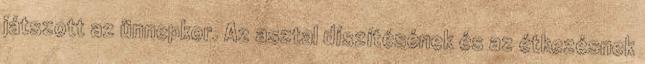
játszott az ünnepkor. Az asztal díszítésének és az étkezésnek